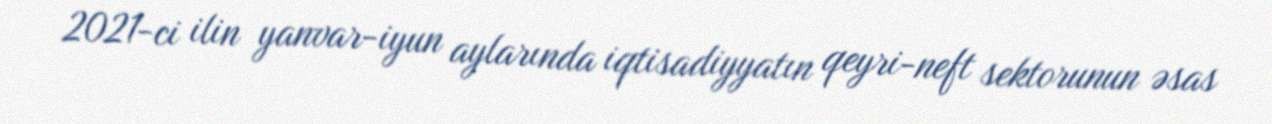
2021-ci ilin yanvar-iyun aylarında iqtisadiyyatın qeyri-neft sektorunun əsas